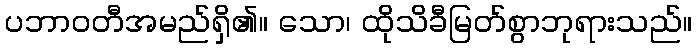
ပဘာဝတီအမည်ရှိ၏။ သော၊ ထိုသိခီမြတ်စွာဘုရားသည်။